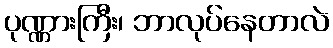
ပုဏ္ဏားကြီး၊ ဘာလုပ်နေတာလဲ